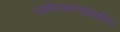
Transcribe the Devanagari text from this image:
व्यक्तिमत्त्वांमधील